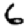
Digit: 6